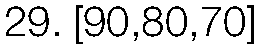
29. [90,80,70]